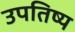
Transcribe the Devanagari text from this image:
उपतिष्य